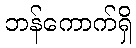
ဘန်ကောက်ရှိ